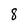
Character: 8